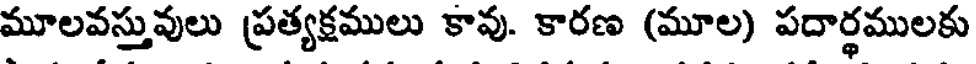
మూలవస్తువులు ప్రత్యక్షములు కావు. కారణ (మూల) పదార్థములకు